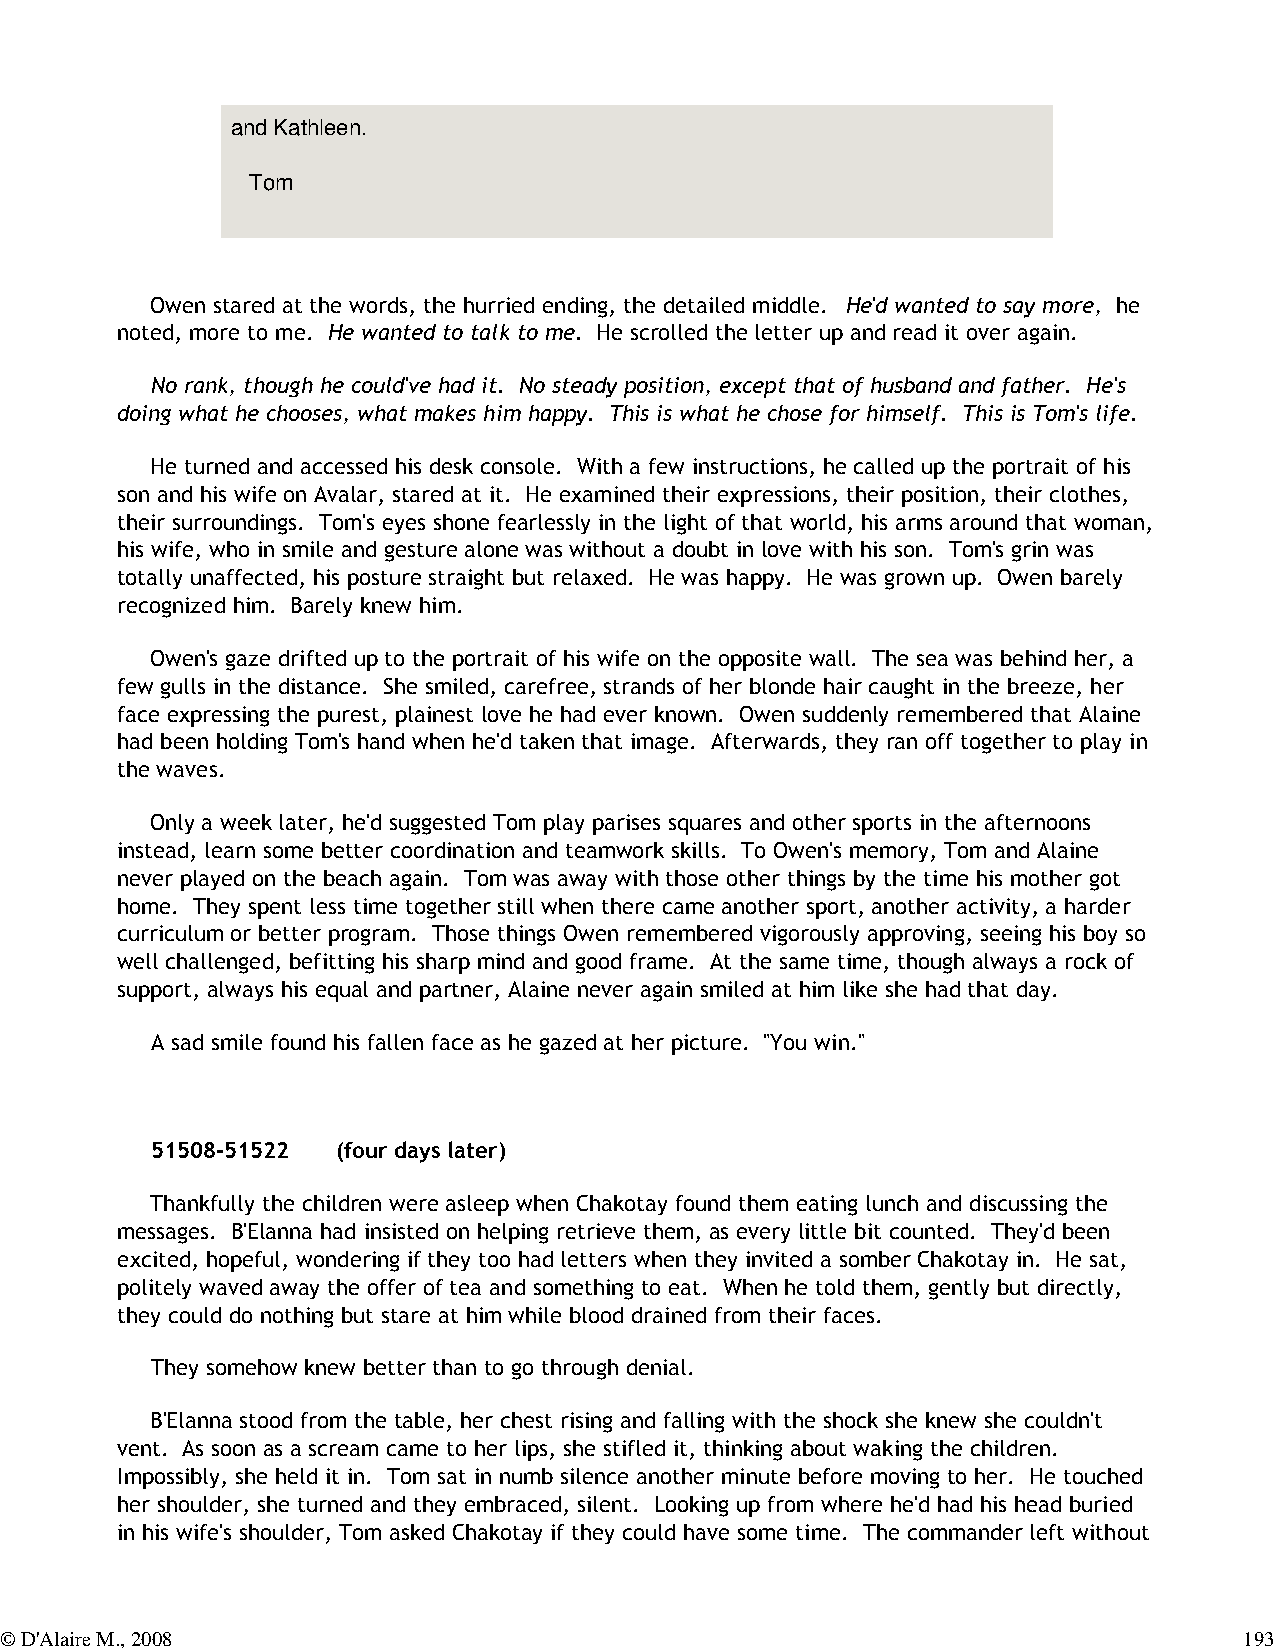
and Kathleen.
 Tom
 Owen stared at the words, the hurried ending, the detailed middle. He'd wanted to say more, he
 noted, more to me. He wanted to talk to me. He scrolled the letter up and read it over again.
 No rank, though he could've had it. No steady position, except that of husband and father. He's
 doing what he chooses, what makes him happy. This is what he chose for himself. This is Tom's life.
 He turned and accessed his desk console. With a few instructions, he called up the portrait of his
 son and his wife on Avalar, stared at it. He examined their expressions, their position, their clothes,
 their surroundings. Tom's eyes shone fearlessly in the light of that world, his arms around that woman,
 his wife, who in smile and gesture alone was without a doubt in love with his son. Tom's grin was
 totally unaffected, his posture straight but relaxed. He was happy. He was grown up. Owen barely
 recognized him. Barely knew him.
 Owen's gaze drifted up to the portrait of his wife on the opposite wall. The sea was behind her, a
 few gulls in the distance. She smiled, carefree, strands of her blonde hair caught in the breeze, her
 face expressing the purest, plainest love he had ever known. Owen suddenly remembered that Alaine
 had been holding Tom's hand when he'd taken that image. Afterwards, they ran off together to play in
 the waves.
 Only a week later, he'd suggested Tom play parises squares and other sports in the afternoons
 instead, learn some better coordination and teamwork skills. To Owen's memory, Tom and Alaine
 never played on the beach again. Tom was away with those other things by the time his mother got
 home. They spent less time together still when there came another sport, another activity, a harder
 curriculum or better program. Those things Owen remembered vigorously approving, seeing his boy so
 well challenged, befitting his sharp mind and good frame. At the same time, though always a rock of
 support, always his equal and partner, Alaine never again smiled at him like she had that day.
 A sad smile found his fallen face as he gazed at her picture. "You win."
 51508-51522 (four days later)
 Thankfully the children were asleep when Chakotay found them eating lunch and discussing the
 messages. B'Elanna had insisted on helping retrieve them, as every little bit counted. They'd been
 excited, hopeful, wondering if they too had letters when they invited a somber Chakotay in. He sat,
 politely waved away the offer of tea and something to eat. When he told them, gently but directly,
 they could do nothing but stare at him while blood drained from their faces.
 They somehow knew better than to go through denial.
 B'Elanna stood from the table, her chest rising and falling with the shock she knew she couldn't
 vent. As soon as a scream came to her lips, she stifled it, thinking about waking the children.
 Impossibly, she held it in. Tom sat in numb silence another minute before moving to her. He touched
 her shoulder, she turned and they embraced, silent. Looking up from where he'd had his head buried
 in his wife's shoulder, Tom asked Chakotay if they could have some time. The commander left without
 © D'Alaire M., 2008                                                               193